Leaving Certificate Examination, 1910. Written examination, 1910
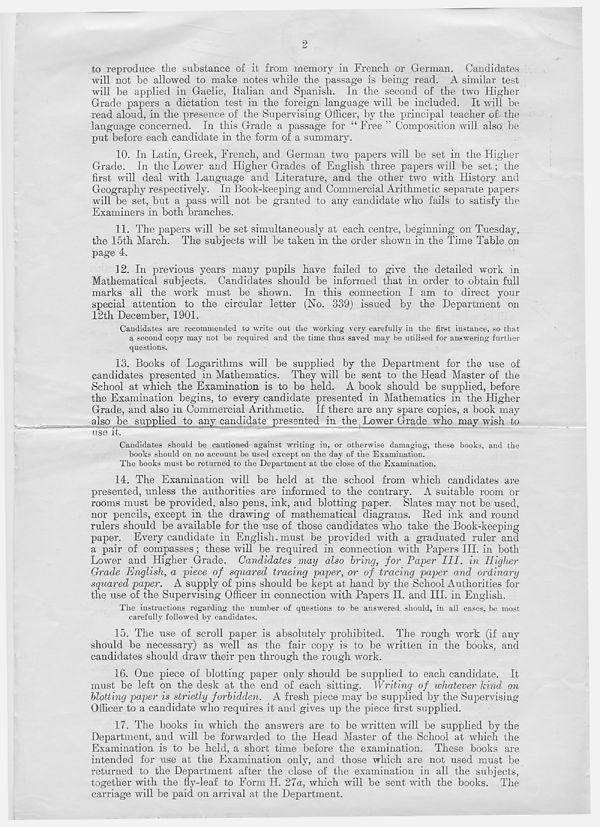
2
to reproduce the substance of it from memory in French or German. Candidates
will not be allowed to make notes while the passage is being read. A similar test
will be applied in Gaelic, Italian and Spanish. In the second of the two Higher
Grade papers a dictation test in the foreign language will be included. It will be
read aloud, in the presence of the Supervising Officer, by the principal teacher of the
language concerned. In this Grade a passage for “ Free ” Composition will also be
put before each, candidate in the form of a summary.
10. In Latin, Greek, French, and German tw r o papers will be set in the Higher
Grade. In the Lower and Higher Grades of English three papers will be set ; the
first will deal with Language and Literature, and the other two with History and
Geography respectively. In Book-keeping and Commercial Arithmetic separate papers
wall be set, but a pass will not be granted to any candidate who fails to satisfy the
Examiners in both branches.
11. The papers will be set simultaneously at each centre, beginning on Tuesday,
the 15th March. The subjects will be taken in the order shown in the Time Table on
page 4.
12. In previous years many pupils have failed to give the detailed work in
Mathematical subjects. Candidates should be informed that in order to obtain full
marks all the work must be shown. In this connection I am to direct your
special attention to the circular letter (No. 339) issued by the Department on
12th December, 1901.
Candidates are recommended to write out the working very carefully in the first instance, so that
a second copy may not be required and the time thus saved may be utilised for answering further
questions.
13. Books of Logarithms will be supplied by the Department for the use of
candidates presented in Mathematics. They wall be sent to the Head Master of the
School at which the Examination is to be held. A book should be supplied, before
the Examination begins, to every candidate presented in Mathematics in the Higher
Grade, and also in Commercial Arithmetic. If there are any spare copies, a book may
also be supplied to any candidate presented in the Lower Grade who may wish to
use it.
Candidates should be cautioned against writing in, or otherwise damaging, these books, and the
books should on no account be used except on the day of the Examination.
The books must be returned to the Department at the close of the Examination.
14. The Examination will be held at the school from which candidates are
presented, unless the authorities are informed to the contrary. A suitable room or
rooms must be provided, also pens, ink, and blotting paper. Slates may not be used,
nor pencils, except in the drawing of mathematical diagrams. Red ink and round
rulers should be available for the use of those candidates who take the Book-keeping-
paper. Every candidate in English, must be provided with a graduated ruler and
a pair of compasses; these will be required in connection with Papers III. in both
Lower and Higher Grade. Candidates may also bring, for Payer III. in Higher
Grade English, a piece of squared tracing paper, or of tracing paper and ordinary
squared paper. A supply of pins should be kept at hand by the School Authorities for
the use of the Supervising Officer in connection with Papers II. and III. in English.
The instructions regarding the number of questions to be answered should, in all cases, be most
carefully followed by candidates.
15. The use of scroll paper is absolutely prohibited. The rough work (if any
should be necessary) as well as the fair copy is to be written in the books, and
candidates should draw their pen through the rough work.
16. One piece of blotting paper only should be supplied to each candidate. It
must be left on the desk at the end of each sitting. Writing of whatever kind on
blotting paper is strictly forbidden. A fresh piece may be supplied by the Supervising
Officer to a candidate who requires it and gives up the piece first supplied.
17. The books in which the answers are to be written will be supplied by the
Department, and will be forwarded to the Head Master of the School at which the
Examination is to be held, a short time before the examination. These books are
intended for use at the Examination only, and those which are not used must be
returned to the Department after the close of the examination in all the subjects,
together with the fly-leaf to Form H. 27a, which will be sent with the books. The
carriage will be paid on arrival at the Department.